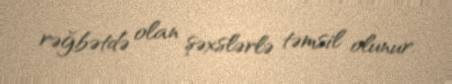
rəğbətdə olan şəxslərlə təmsil olunur.